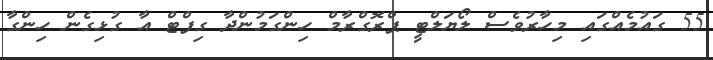
55 ގައުމެއްގައި މިހާރުވެސް ލޯޔަލްޓީ ޕްރޮގްރާމް ހިންގަމުންދާ ގިފްޓް އާ ގުޅިގެން ހިންގާ